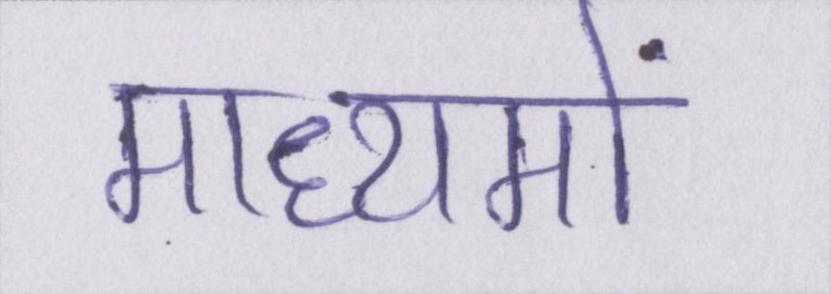
माध्यमों